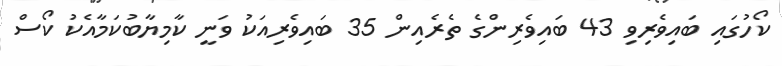
ކޯހުގައި ބައިވެރިވި 43 ބައިވެރިންގެ ތެރެއިން 35 ބައިވެރިއަކު ވަނީ ކާމިޔާބުކަމާއެކު ކޯސް